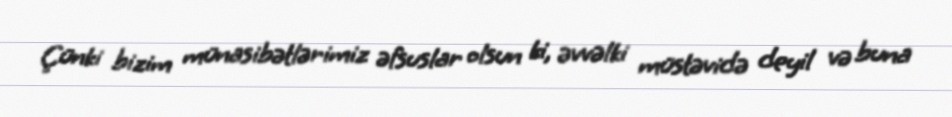
Çünki bizim münasibətlərimiz əfsuslar olsun ki, əvvəlki müstəvidə deyil və buna